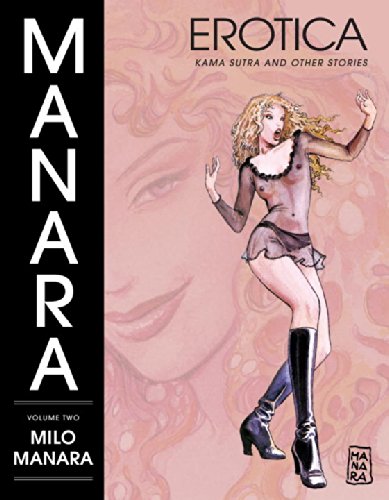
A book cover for The Manara Erotica Volume 2: Kama Sutra and Other Stories; Milo Manara; Comics & Graphic Novels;